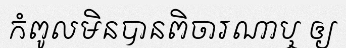
កំពូលមិនបានពិចារណាឬ ឲ្យ